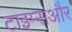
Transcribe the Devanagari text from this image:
टाइम्सऔर